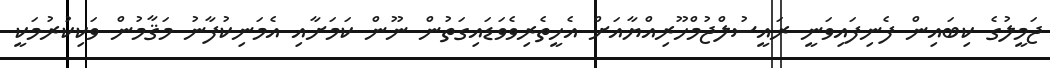
ޖަމީލުގެ ކިބައިން ފެނިފައިވަނީ ރައީސުލްޖުމްހޫރިއްޔާއަށް އެހީތެރިވެވަޑައިގަތުން ނޫން ކަމަށާއި އެމަނިކުފާނު މަޤާމުން ވަކިކުރުމަކީ